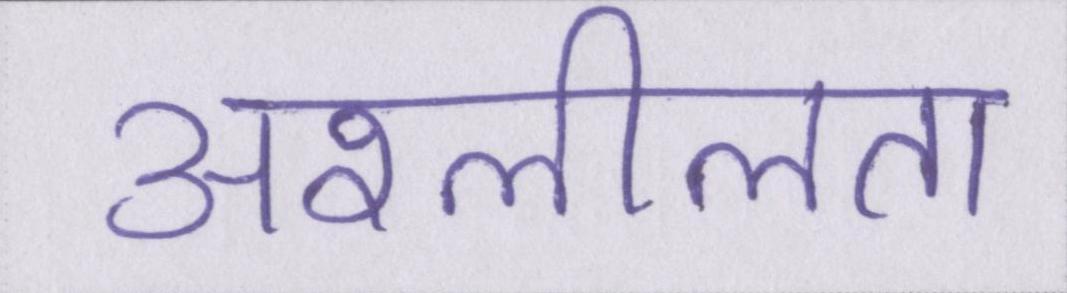
अश्लीलता